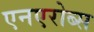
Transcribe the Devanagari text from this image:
एनएरोब्स